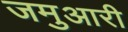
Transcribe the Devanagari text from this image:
जमुआरी